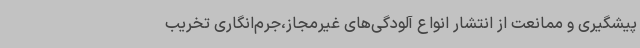
پیشگیری و ممانعت از انتشار انواع آلودگی‌های غیرمجاز،جرم‌انگاری تخریب